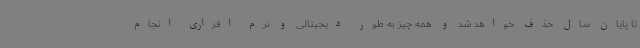
تا پایان سال حذف خواهد شد و همه چیز به طور دیجیتالی و نرم افزاری انجام